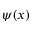
\psi ( x )